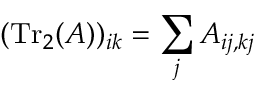
( \mathrm { T r } _ { 2 } ( A ) ) _ { i k } = \sum _ { j } A _ { i j , k j }